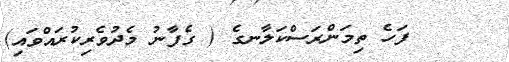
١٨     ފަހެ ތިމަންރަސްކަލާނގެ ( ގެފާނު މެދުވެރިކުރައްވައި)